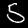
Label: 5